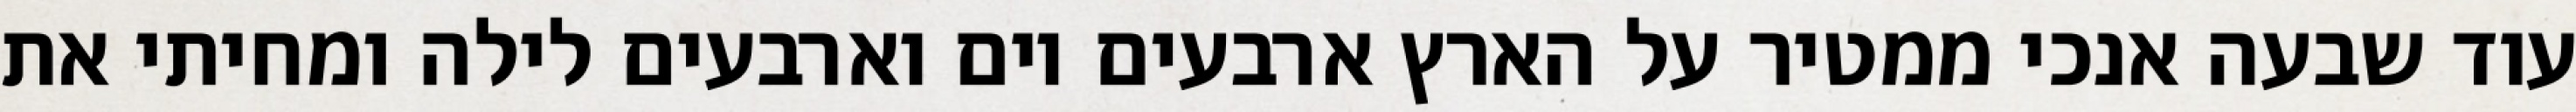
עוד שבעה אנכי ממטיר על הארץ ארבעים יום וארבעים לילה ומחיתי את